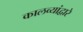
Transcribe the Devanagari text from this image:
कालव्यांद्वारे